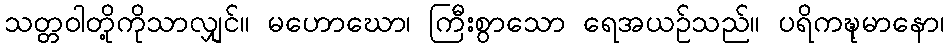
သတ္တဝါတို့ကိုသာလျှင်။ မဟောဃော၊ ကြီးစွာသော ရေအယဉ်သည်။ ပရိကဍ္ဎုမာနော၊